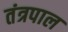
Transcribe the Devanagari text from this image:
तंत्रपाल